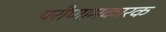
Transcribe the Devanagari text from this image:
परीणामकारक